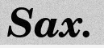
Sax.